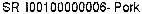
SR I00100000006-PORK